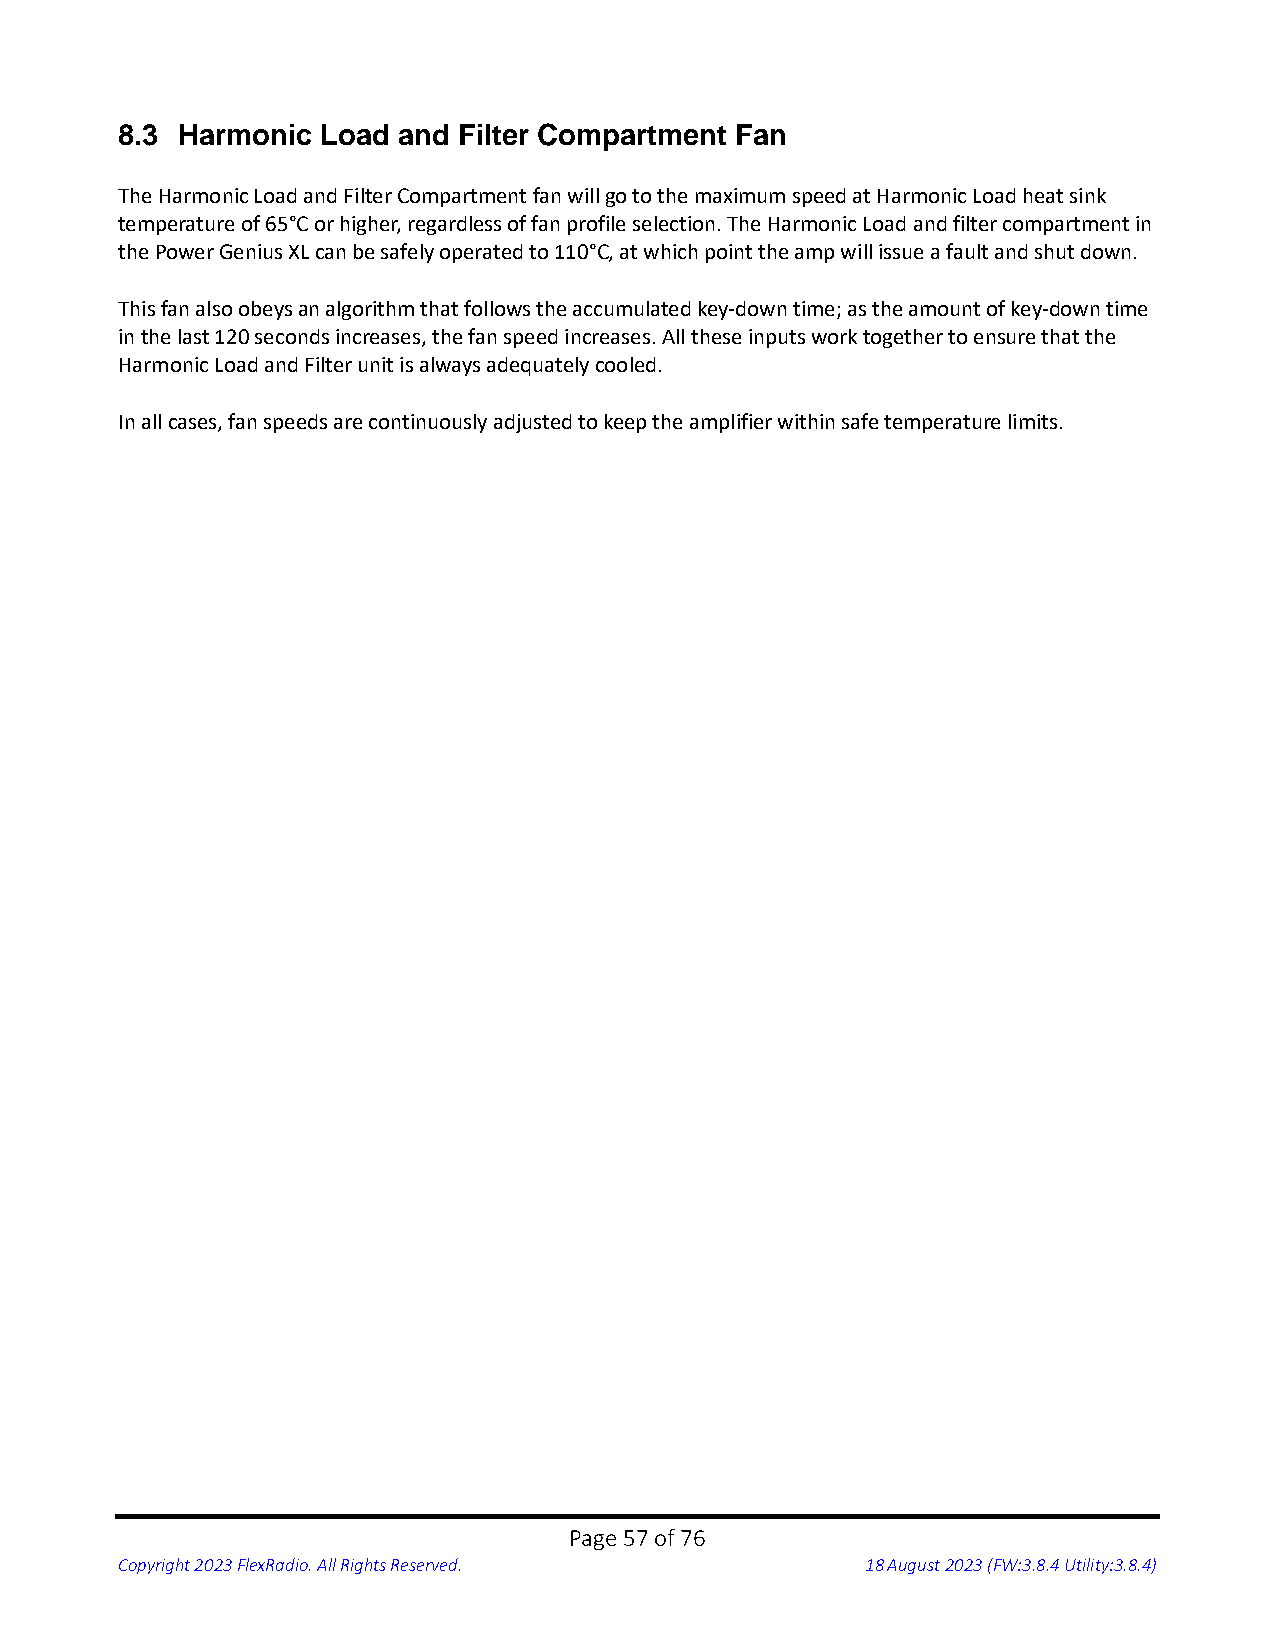
8.3 Harmonic Load and Filter Compartment Fan
 The Harmonic Load and Filter Compartment fan will go to the maximum speed at Harmonic Load heat sink
 temperature of 65°C or higher, regardless of fan profile selection. The Harmonic Load and filter compartment in
 the Power Genius XL can be safely operated to 110°C, at which point the amp will issue a fault and shut down.
 This fan also obeys an algorithm that follows the accumulated key-down time; as the amount of key-down time
 in the last 120 seconds increases, the fan speed increases. All these inputs work together to ensure that the
 Harmonic Load and Filter unit is always adequately cooled.
 In all cases, fan speeds are continuously adjusted to keep the amplifier within safe temperature limits.
 Page 57 of 76
 Copyright 2023 FlexRadio. All Rights Reserved.   18 August 2023 (FW:3.8.4 Utility:3.8.4)